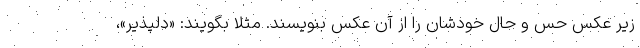
زیر عکس حس و حال خودشان را از آن عکس بنویسند. مثلا بگویند: «دلپذیر»،